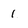
Character: 1